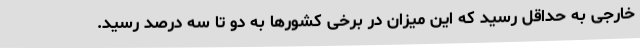
خارجی به حداقل رسید که این میزان در برخی کشورها به دو تا سه درصد رسید.